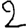
Digit: 2